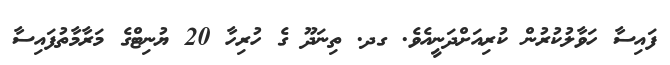
ފައިސާ ހަވާލުކުރުން ކުރިއަށްދަނީއެވެ. ގދ. ތިނަދޫ ގެ ހުރިހާ 20 ޔުނިޓްގެ މަރާމާތުފައިސާ